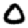
Digit: 0